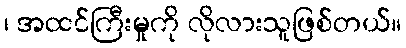
၊ အထင်ကြီးမှုကို လိုလားသူဖြစ်တယ်။